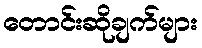
တောင်းဆိုချက်များ